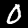
Label: 0